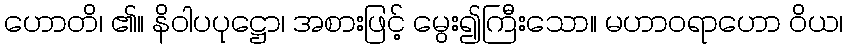
ဟောတိ၊ ၏။ နိဝါပပုဋ္ဌော၊ အစားဖြင့် မွေး၍ကြီးသော။ မဟာဝရာဟော ဝိယ၊